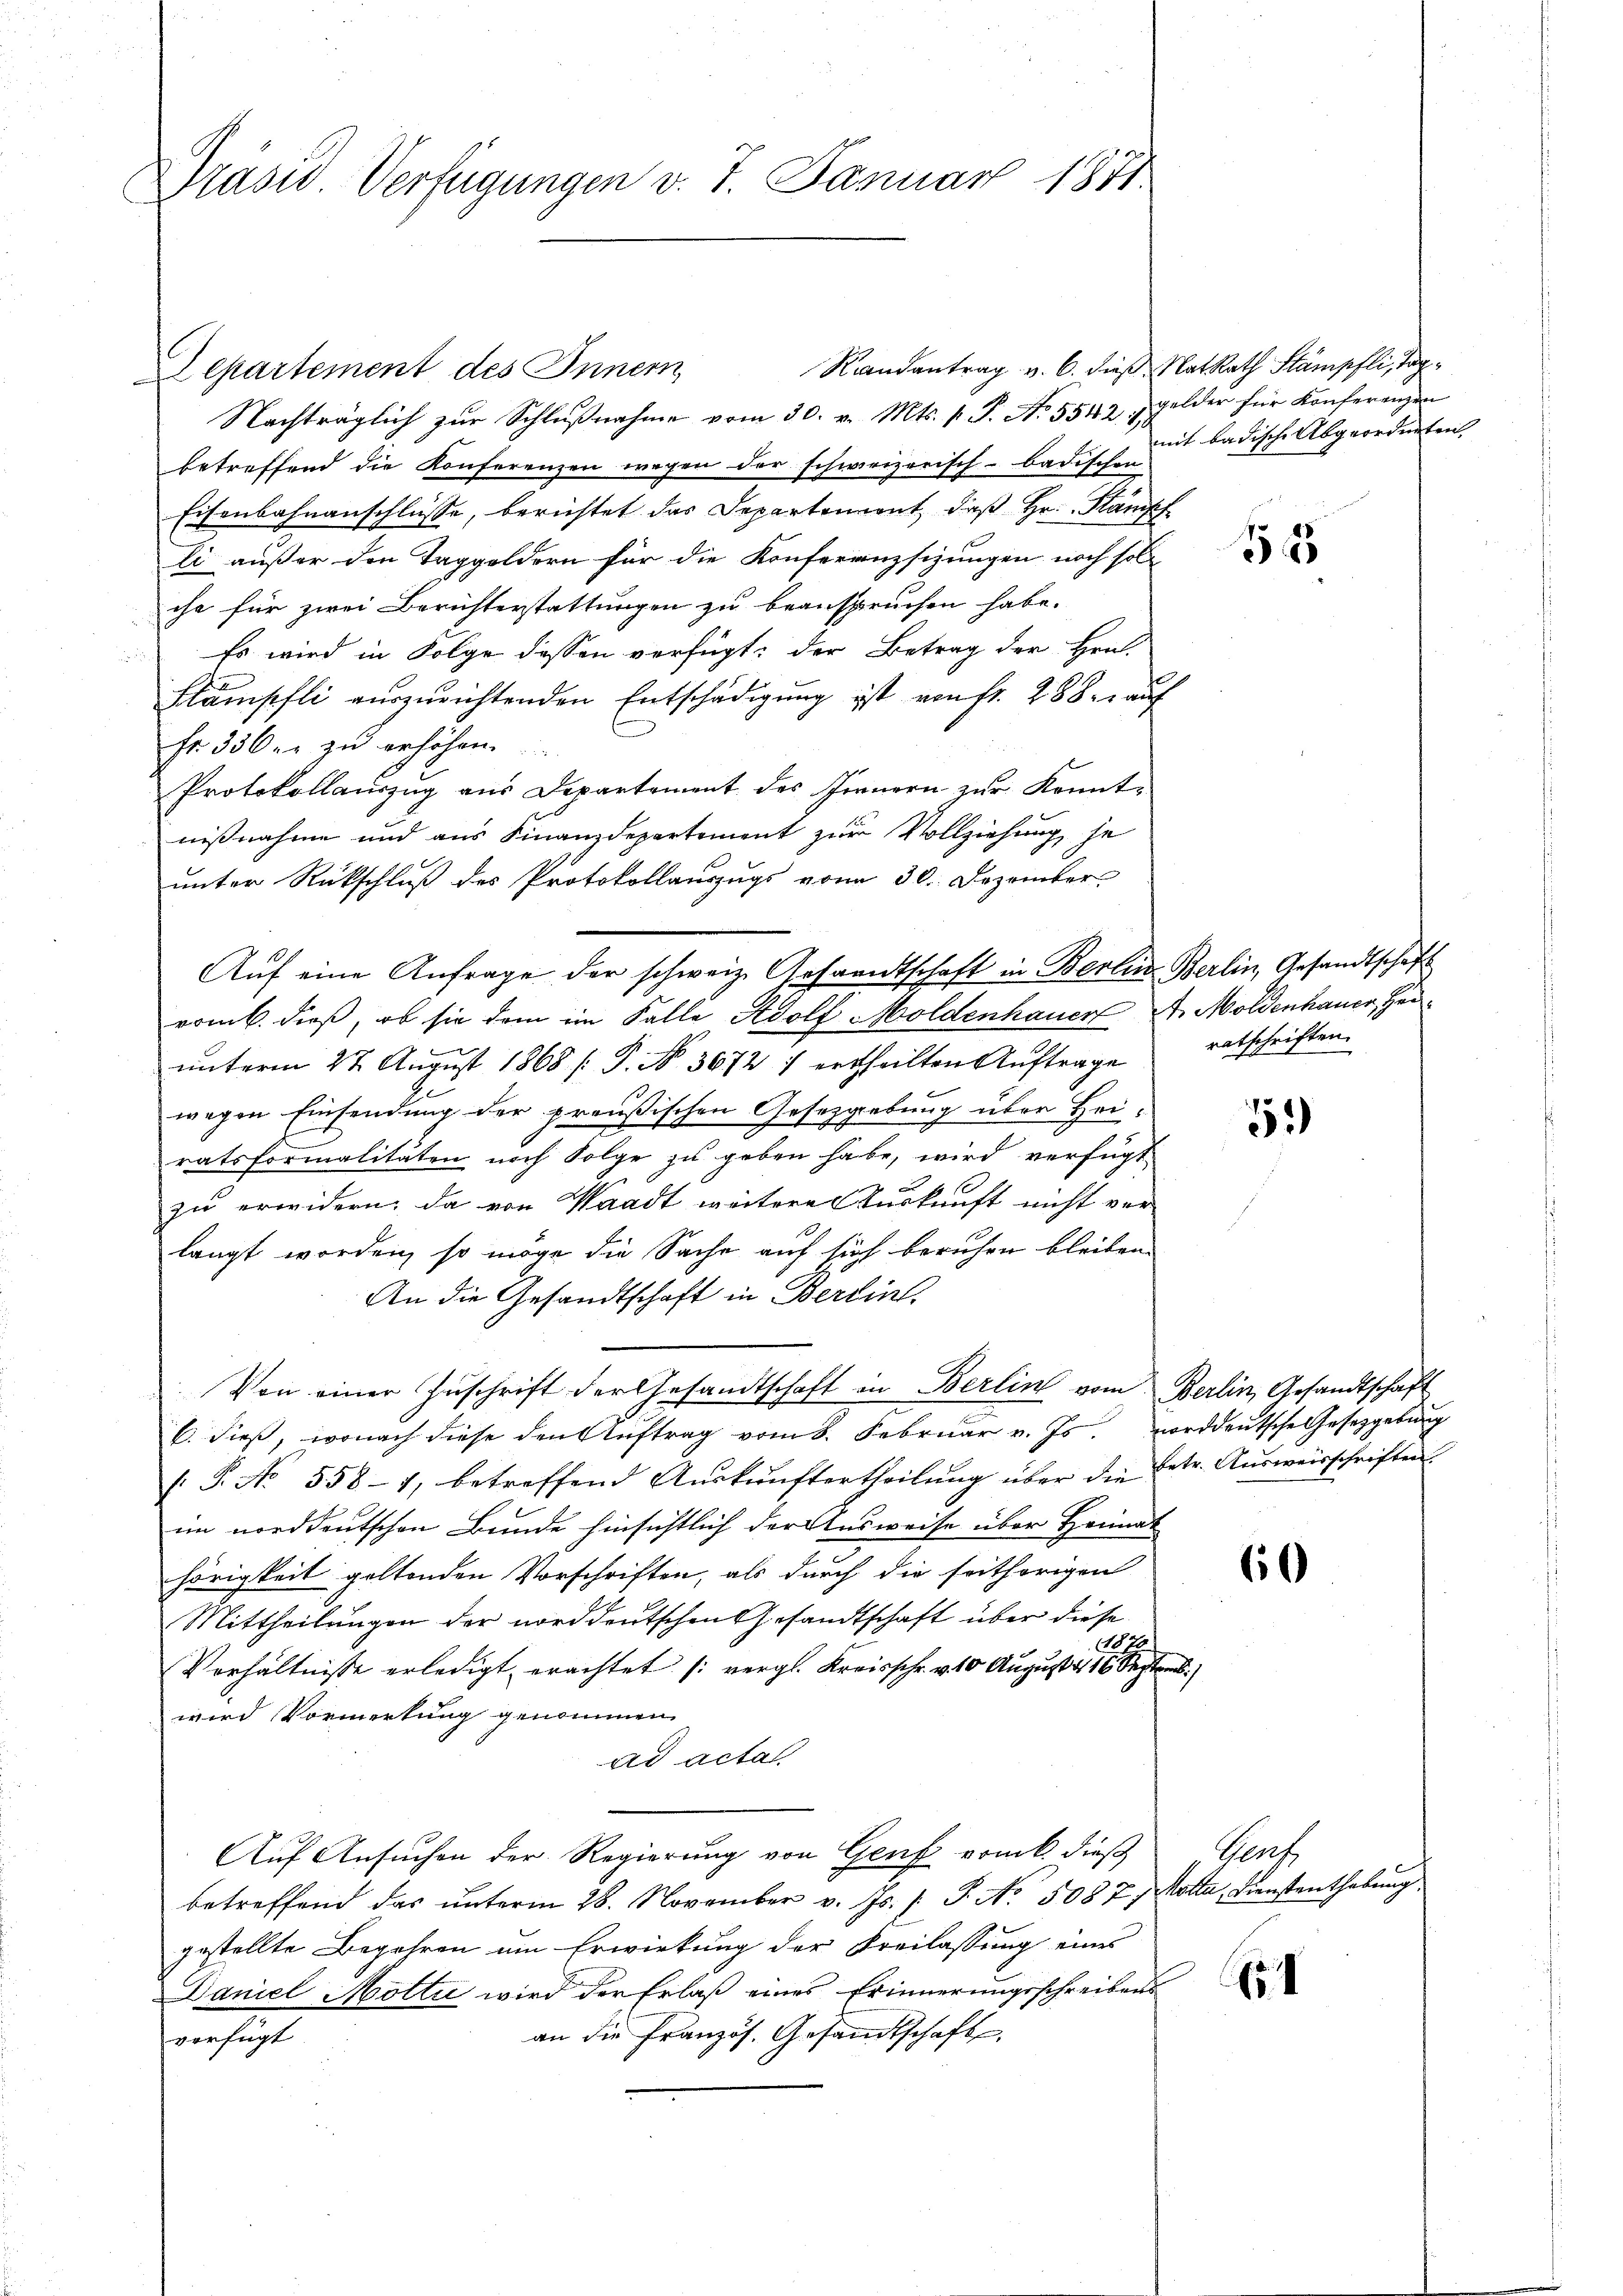
Drasw. Verfügungen v. 7. Januar 1871.

Aŭf eine Anfrage der schweiz. Gesandtschaft in Berlin Berlin, Gesandtschaft

Departement des Innern,
Nachträglich zŭr Schlŭβnahme vom 30. v. Mts. v. J. N. 5542 gelder für Konferenzen
betreffend die Konferenzen wegen der schweizerisch-badischen
Eisenbahnanschlüsse, berichtet das Departement, daß Hr. Stampf
li außer den Taggeldern für die Konferenzsizungen noch sol
che für zwei Berichterstattungen zu beanspruchen habe.
Es wird in Folge dessen verfügt: der Betrag der Hrn.
Blämpfli auszurichtenden Entschädigung ist von fr. 288. auf
Fr. 336. zu erhöhen.
Protokollauszug aus Departement des Innern zur Kennt-
nißnahme und aus Finanzdepartement zur Vollziehung je
unter Rückschluß des Protokollauszugs von 30. Dezember
romb. dieß, ob sie dem im Falle Adolf Moldenhauer A. Moldenhauer, Herunterm 27. August 1868 (: P. No. 3672 / ertheilten Auftrage
wegen Einsendung der preußischen Gesetzgebung über Heiratsformalitäten noch Folge zu geben habe, wird verfügt
zu erwidern, da von Waadt weitere Auskunft nicht ver-
langt worden, so möge die Sache auf sich beruhen bleiben.
An die Gesandtschaft in Berlint.
Von einer Zuschrift der Gesandtschaft in Berlin vom Berlin, Gesandtschaft
6. dieß, wonach diese den Auftrag vom 8. Februar v. Js. vorddeutsche Gesetzgebung
: P. No 558 - 1, betreffend Aŭskŭnftertheilŭng über die betr. Aŭsweisschriften.
im norddeutschen Bunde hinsichtlich der Ausweise über Heimat
hörigkeit geltenden Vorschriften, als durch die seithörigen
Mittheilungen der norddeutschen Gesandtschaft über diese
1820
Verhältnisse erledigt erachtet (vergl. Kreisschr. v. 10 August 16 Septem
wird Vormerkung genommen
ad acta
Auf Ansuchen der Regierung von Genf vom k. dieß
betreffend das ŭnterm 28. November v. Js. /: P. Nr. 5087) Motta Dienstenthebŭng.
gestellte Begehren um Erwirkung der Freilassung eines
Daniel Motta wird der Erlaß eines Erinnerungsschreibens
an die Französ. Gesandtschaft,
verfügt

Randantrag v. 6. dieß NatRath Stämpfli, Tagmit badische Abgeordneten,

5

ratschriften.

51)

60

Prach

5